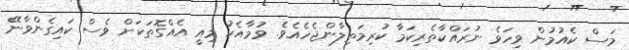
މަސް ކެއުމުން ވިހަވެ ނުރައްކާތެރިކަމާ ކުރިމަތިލާންޖެހެއެވެ. ވުމާއެކު މިއީ އެއްގޮތަކަށް ވެސް ކައިގެންވާނޭ